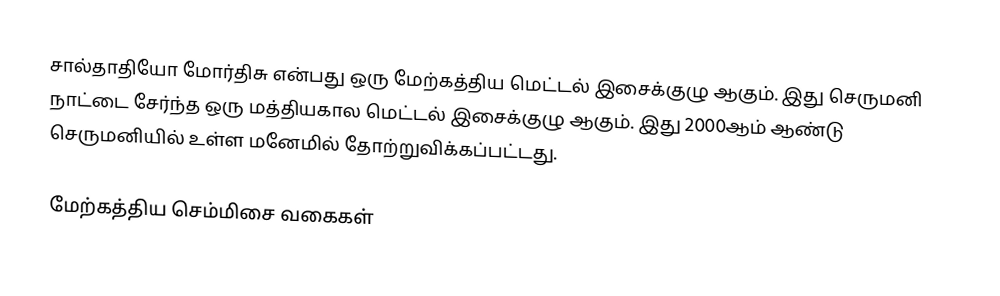
சால்தாதியோ மோர்திசு என்பது ஒரு மேற்கத்திய மெட்டல் இசைக்குழு ஆகும். இது செருமனி நாட்டை சேர்ந்த ஒரு மத்தியகால மெட்டல் இசைக்குழு ஆகும். இது 2000ஆம் ஆண்டு செருமனியில் உள்ள மனேமில் தோற்றுவிக்கப்பட்டது.

மேற்கத்திய செம்மிசை வகைகள்